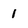
Character: l